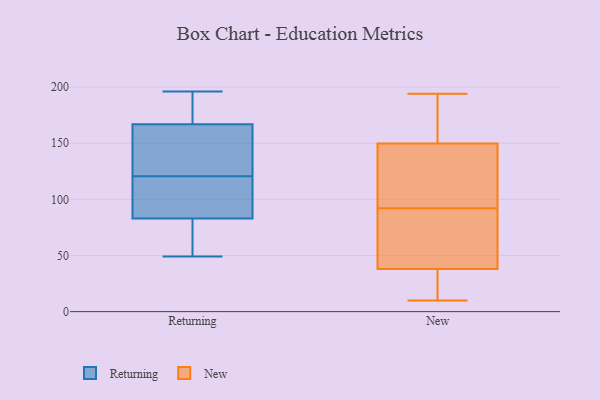
{"axis": {"x": "Operating Costs (USD K)", "y": "Value"}, "legend": ["New", "Returning"], "data": [{"x": "", "y": 83, "type": "Returning"}, {"x": "", "y": 116, "type": "Returning"}, {"x": "", "y": 196, "type": "Returning"}, {"x": "", "y": 148, "type": "Returning"}, {"x": "", "y": 145, "type": "Returning"}, {"x": "", "y": 125, "type": "Returning"}, {"x": "", "y": 60, "type": "Returning"}, {"x": "", "y": 187, "type": "Returning"}, {"x": "", "y": 65, "type": "Returning"}, {"x": "", "y": 49, "type": "Returning"}, {"x": "", "y": 168, "type": "Returning"}, {"x": "", "y": 90, "type": "Returning"}, {"x": "", "y": 94, "type": "Returning"}, {"x": "", "y": 167, "type": "Returning"}, {"x": "", "y": 10, "type": "New"}, {"x": "", "y": 152, "type": "New"}, {"x": "", "y": 23, "type": "New"}, {"x": "", "y": 194, "type": "New"}, {"x": "", "y": 47, "type": "New"}, {"x": "", "y": 35, "type": "New"}, {"x": "", "y": 159, "type": "New"}, {"x": "", "y": 35, "type": "New"}, {"x": "", "y": 141, "type": "New"}, {"x": "", "y": 117, "type": "New"}, {"x": "", "y": 21, "type": "New"}, {"x": "", "y": 146, "type": "New"}, {"x": "", "y": 79, "type": "New"}, {"x": "", "y": 56, "type": "New"}, {"x": "", "y": 151, "type": "New"}, {"x": "", "y": 153, "type": "New"}, {"x": "", "y": 142, "type": "New"}, {"x": "", "y": 92, "type": "New"}, {"x": "", "y": 73, "type": "New"}]}